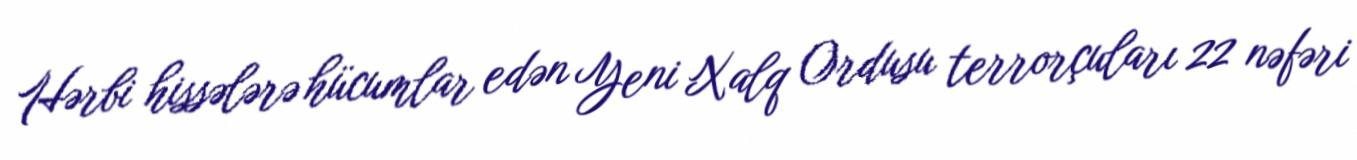
Hərbi hissələrə hücumlar edən Yeni Xalq Ordusu terrorçuları 22 nəfəri